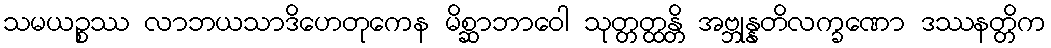
သမယဉ္စဿ လာဘယသာဒိဟေတုကေန မိစ္ဆာဘာဝေါ သုတ္တတ္ထန္တိ အဗ္ဘုန္နတိလက္ခဏော ဒဿနတ္တိက